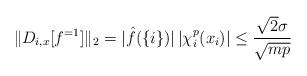
LaTeX: \begin{align*} \| D_{i,x} [f^{=1}] \|_2 = |\hat{f}(\{i\})| \, |\chi^p_i(x_i)| \leq \frac{\sqrt{2} \sigma}{\sqrt{m p}} \end{align*}